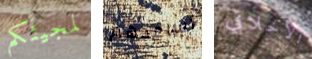
لمجيئكم أساعدهم الأخلاقي